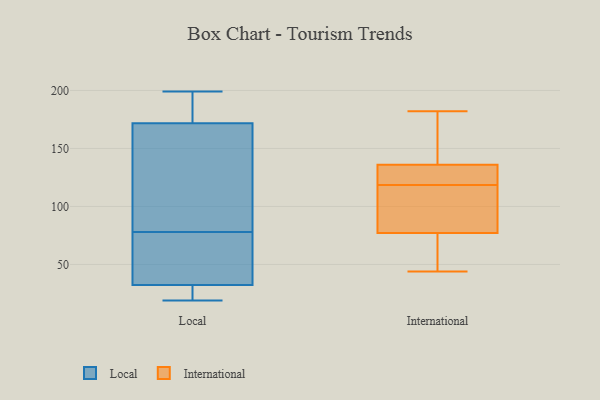
{"axis": {"x": "Website Visitors", "y": "Value"}, "legend": ["International", "Local"], "data": [{"x": "", "y": 54, "type": "Local"}, {"x": "", "y": 78, "type": "Local"}, {"x": "", "y": 42, "type": "Local"}, {"x": "", "y": 176, "type": "Local"}, {"x": "", "y": 29, "type": "Local"}, {"x": "", "y": 131, "type": "Local"}, {"x": "", "y": 180, "type": "Local"}, {"x": "", "y": 20, "type": "Local"}, {"x": "", "y": 165, "type": "Local"}, {"x": "", "y": 174, "type": "Local"}, {"x": "", "y": 50, "type": "Local"}, {"x": "", "y": 19, "type": "Local"}, {"x": "", "y": 21, "type": "Local"}, {"x": "", "y": 115, "type": "Local"}, {"x": "", "y": 199, "type": "Local"}, {"x": "", "y": 134, "type": "International"}, {"x": "", "y": 136, "type": "International"}, {"x": "", "y": 154, "type": "International"}, {"x": "", "y": 77, "type": "International"}, {"x": "", "y": 51, "type": "International"}, {"x": "", "y": 116, "type": "International"}, {"x": "", "y": 94, "type": "International"}, {"x": "", "y": 182, "type": "International"}, {"x": "", "y": 121, "type": "International"}, {"x": "", "y": 44, "type": "International"}]}